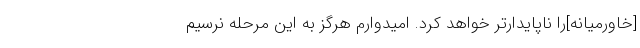
[خاورمیانه]را ناپایدارتر خواهد کرد. امیدوارم هرگز به این مرحله نرسیم